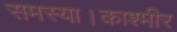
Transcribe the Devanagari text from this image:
समस्या।काश्मीर